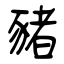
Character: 豬